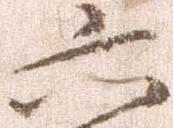
六